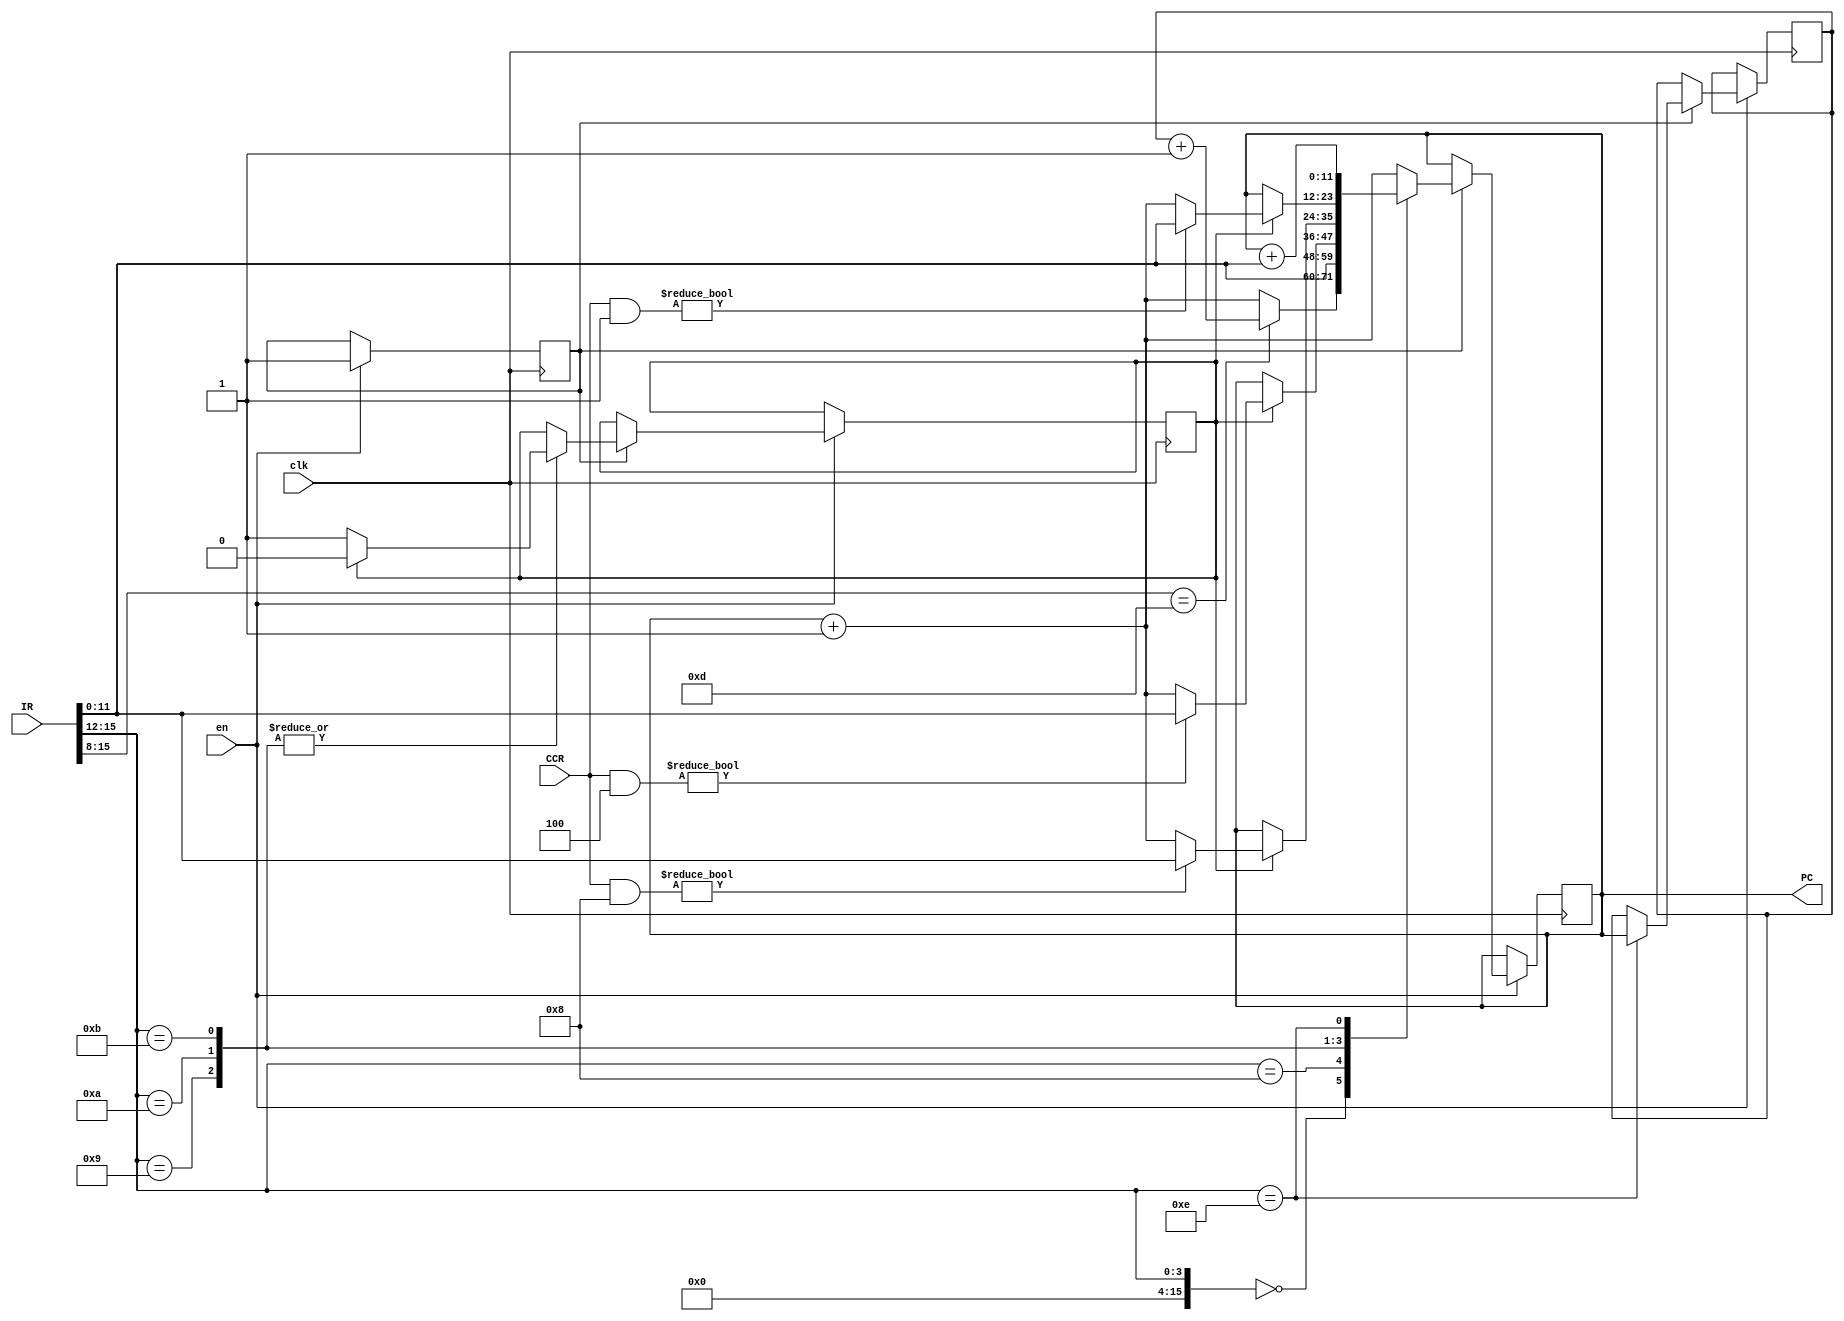
module PC_v (input en, 
				 input clk,
				 input [15:0] IR,
				 input [3:0] CCR,
				 output reg [11:0] PC);
	reg [11:0] PC_;
	reg [15:0] temp;
	reg start;
	reg hold;
	initial begin
		PC = 0;
		PC_ = 0;
		start = 0;
		hold = 0;
	end
	always@ (posedge clk) begin //always@ (negedge clk) begin
		if (en) begin
			if (start) begin
				temp = IR >> 12;
				case (temp)
					4'b0000 : begin
						temp = IR >> 8;
						case (temp)
							4'b1101 : PC <= PC_ + 1; //RET
							default : PC <= PC + 1;
						endcase
					end
					4'b1000 : PC <= IR; //JMP X
					4'b1001 : begin //JZE X
						if (hold) begin
							if (CCR & 4'b0100)
								PC <= IR;
							else
								PC <= PC + 1;
							hold = 0;
						end
						else
							hold = 1;
					end
					4'b1010 :begin //JNE X
						if (hold) begin
							if (CCR & 4'b1000)
								PC <= IR;
							else
								PC <= PC + 1;
							hold = 0;
						end
						else
							hold = 1;
					end
					4'b1011 : begin //JCY X
						if (hold) begin
							if (CCR & 4'b0001)
								PC <= IR;
							else
								PC <= PC + 1;
							hold = 0;
						end
						else
							hold = 1;
					end
					4'b1110 : begin //BSR S
						PC_ = PC;
						PC <= PC + IR;
					end
					default : PC <= PC + 1; //MER W,Y //MEW Y,W
				endcase
			end
			else
				start = 1;
		end
	end
endmodule

//module PC_v (input en, 
//				 input clk,
//				 input [15:0] IR,  
//				 output reg [11:0] PC);
//	reg [11:0] PC_;
//	reg [15:0] temp;
//	reg start;
//	initial begin
//		PC = 0;
//		PC_ = 0;
//		start = 0;
//	end
//	always@ (posedge clk) begin //always@ (negedge clk) begin
//		if (en) begin
//			if (start) begin
//				if (IR < 16'h8000) begin
//					if (IR == 16'h0d00) //RET
//						PC <= 20;
////					PC <= PC + PC_;
//					PC <= PC + 1;
//				end
//				else begin
//					temp = IR >> 12;
//					case (temp)
//						4'b1000 : PC <= IR; //JMP X
////						4'b1001 : //JZE X ///
////						4'b1010 : //JNE X ///
////						4'b1011 : //JCY X ///
//						4'b1110 : begin //BSR S
//							PC_ = PC;
////							PC <= IR & 16'h0fff;
//							PC <= PC + IR;
//						end
//						default : PC <= PC + 1; //MER W,Y //MEW Y,W
//					endcase
//				end
//			end
//			else
//				start = 1;
//		end
//	end
//endmodule